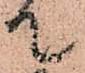
て